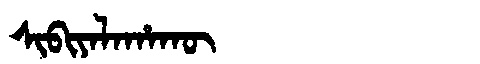
Manchu: ᠰᡳᠪᡳᠶᠠᠯᠠᡥᠠᡴᡡ
Romanization: SIBIYALAHAKŪ